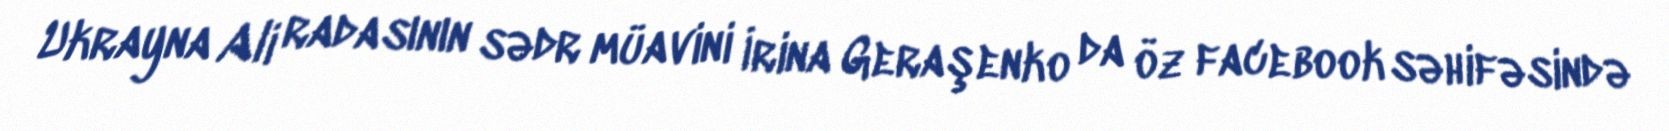
Ukrayna Ali radasının sədr müavini İrina Geraşenko da öz facebook səhifəsində